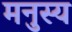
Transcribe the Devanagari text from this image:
मनुस्य